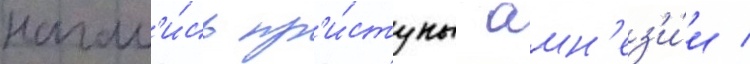
начал'и́сь пр'и́ступы амн'ез'и́и /